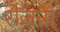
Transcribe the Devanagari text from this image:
रोजन्ना